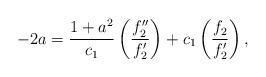
LaTeX: \begin{align*}-2a=\frac{1+a^{2}}{c_{1}}\left( \frac{f_{2}^{\prime \prime }}{f_{2}^{\prime }}\right) +c_{1}\left( \frac{f_{2}}{f_{2}^{\prime }}\right) , \end{align*}